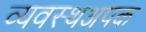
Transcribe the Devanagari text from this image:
व्यवस्थअपक